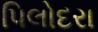
પિલોદરા